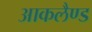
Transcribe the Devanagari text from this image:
आकलैण्ड